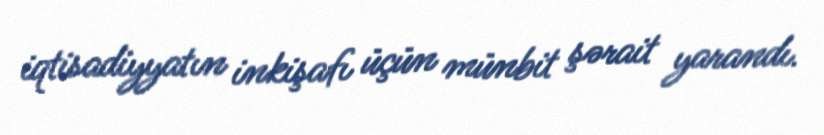
iqtisadiyyatın inkişafı üçün münbit şərait yarandı.